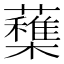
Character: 𣟶